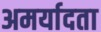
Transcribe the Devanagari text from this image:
अमर्यादता